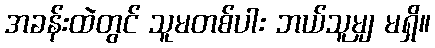
အခန်းထဲတွင် သူမတစ်ပါး ဘယ်သူမျှ မရှိ။